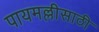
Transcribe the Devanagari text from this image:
पायमल्लीसाठी